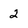
Character: 2